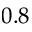
0 . 8